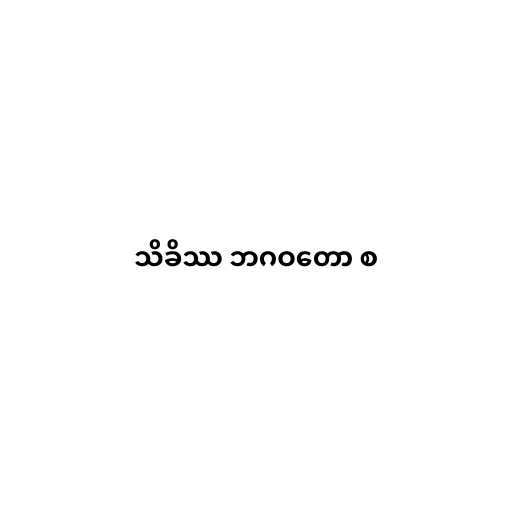
သိခိဿ ဘဂဝတော စ